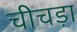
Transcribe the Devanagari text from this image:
चीचड़ा